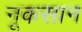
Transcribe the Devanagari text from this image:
नूकसान